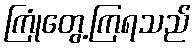
ကြုံတွေ့ကြရသည်